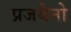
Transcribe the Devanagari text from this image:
प्रजयैनो